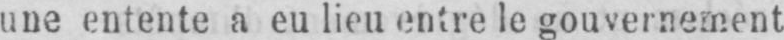
une entente a eu lieu entre le gouvernement